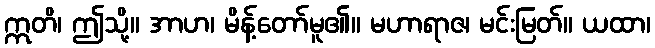
ဣတိ၊ ဤသို့။ အာဟ၊ မိန့်တော်မူ၏။ မဟာရာဇ၊ မင်းမြတ်။ ယထာ၊